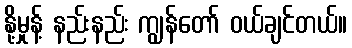
နို့မှုန့် နည်းနည်း ကျွန်တော် ဝယ်ချင်တယ်။